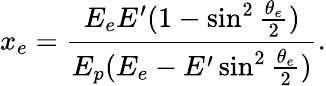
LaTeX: x_{e}={\frac{E_{e}E^{\prime}(1-\sin^{2}{\frac{\theta_{e}}{2}})}{E_{p}(E_{e}-E^{\prime}\sin^{2}{\frac{\theta_{e}}{2}})}}.